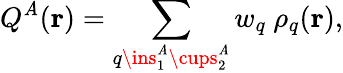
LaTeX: Q^{\mathit{A}}(\mathbf{{r}})=\sum_{q\ins_{1}^{\mathit{A}}\cups_{2}^{\mathit{A}}}w_{q}\ \rho_{q}(\mathbf{{r}}),